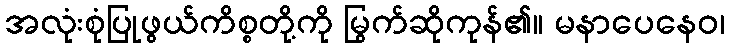
အလုံးစုံပြုဖွယ်ကိစ္စတို့ကို မြွက်ဆိုကုန်၏။ မနာပေနေဝ၊